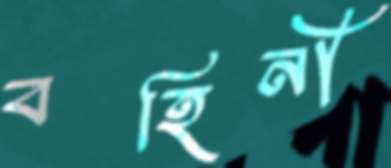
বহিনী